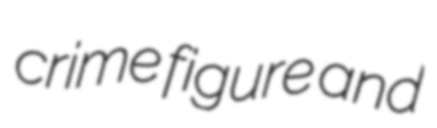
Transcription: crime figure and